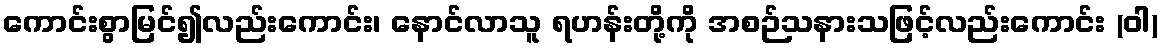
ကောင်းစွာမြင်၍လည်းကောင်း၊ နောင်လာသူ ရဟန်းတို့ကို အစဉ်သနားသဖြင့်လည်းကောင်း (ဝါ)